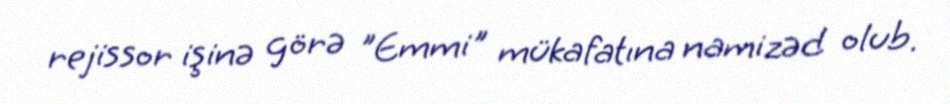
rejissor işinə görə "Emmi" mükafatına namizəd olub.